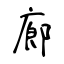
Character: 廊